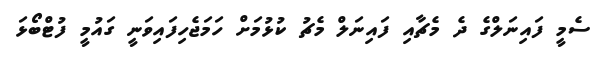
ސެމީ ފައިނަލްގެ ދެ މެޗާއި ފައިނަލް މެޗު ކުޅުމަށް ހަމަޖެހިފައިވަނީ ގައުމީ ފުޓްބޯޅަ